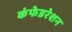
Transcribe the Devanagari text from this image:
कंफेडरेशन